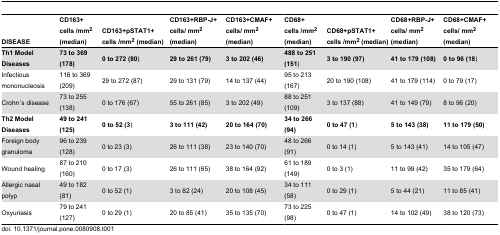
<table><thead><tr><td><b>DISEASE</b></td><td><b>CD163+ cells /mm<sup>2</sup> (median)</b></td><td><b>CD163+pSTAT1+ cells /mm<sup>2</sup> (median)</b></td><td><b>CD163+RBP-J+ cells/ mm<sup>2</sup> (median)</b></td><td><b>CD163+CMAF+ cells/ mm<sup>2</sup> (median)</b></td><td><b>CD68+ cells /mm<sup>2</sup> (median)</b></td><td><b>CD68+pSTAT1+ cells /mm<sup>2</sup> (median)</b></td><td><b>CD68+RBP-J+ cells/ mm<sup>2</sup> (median)</b></td><td><b>CD68+CMAF+ cells/ mm<sup>2</sup> (median)</b></td></tr></thead><tbody><tr><td><b>Th1 Model Diseases</b></td><td><b>73 to 369 (178)</b></td><td><b>0 to 272 (80</b>)</td><td><b>29 to 261 (79)</b></td><td><b>3 to 202 (46)</b></td><td><b>488 to 251 (151</b>)</td><td><b>3 to 190 (97)</b></td><td><b>41 to 179 (108)</b></td><td><b>0 to 96 (18</b>)</td></tr><tr><td> Infectious mononucleosis</td><td>116 to 369 (209)</td><td>29 to 272 (87)</td><td>29 to 131 (79)</td><td>14 to 137 (44)</td><td>95 to 213 (167)</td><td>20 to 190 (108)</td><td>41 to 179 (114)</td><td>0 to 79 (17)</td></tr><tr><td> Crohn ́s disease</td><td>73 to 255 (138)</td><td>0 to 176 (67)</td><td>55 to 261 (85)</td><td>3 to 202 (49)</td><td>88 to 251 (109)</td><td>3 to 137 (88)</td><td>41 to 149 (79)</td><td>8 to 96 (20)</td></tr><tr><td><b>Th2 Model Diseases</b></td><td><b>49 to 241 (125)</b></td><td><b>0 to 52 (3</b>)</td><td><b>3 to 111 (42)</b></td><td><b>20 to 164 (70)</b></td><td><b>34 to 266 (94)</b></td><td><b>0 to 47 (1</b>)</td><td><b>5 to 143 (38)</b></td><td><b>11 to 179 (50)</b></td></tr><tr><td> Foreign body granuloma</td><td>96 to 239 (128)</td><td>0 to 23 (3) </td><td>26 to 111 (38)</td><td>23 to 140 (70)</td><td>48 to 266 (91)</td><td>0 to 14 (1)</td><td>5 to 143 (41)</td><td>14 to 105 (47)</td></tr><tr><td> Wound healing</td><td>87 to 210 (160)</td><td>0 to 17 (3)</td><td>26 to 111 (65)</td><td>38 to 164 (92)</td><td>61 to 189 (149)</td><td>0 to 3 (1)</td><td>11 to 99 (42)</td><td>35 to 179 (64)</td></tr><tr><td> Allergic nasal polyp</td><td>49 to 182 (81)</td><td>0 to 52 (1)</td><td>3 to 82 (24)</td><td>20 to 108 (45)</td><td>34 to 111 (58)</td><td>0 to 29 (1)</td><td>5 to 44 (21)</td><td>11 to 85 (41)</td></tr><tr><td> Oxyuriasis</td><td>79 to 241 (127)</td><td>0 to 29 (1)</td><td>20 to 85 (41)</td><td>35 to 135 (70)</td><td>73 to 225 (98)</td><td>0 to 47 (1)</td><td>14 to 102 (49)</td><td>38 to 120 (73)</td></tr></tbody></table>